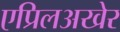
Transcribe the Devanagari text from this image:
एप्रिलअखेर